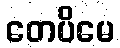
တေပိမေ